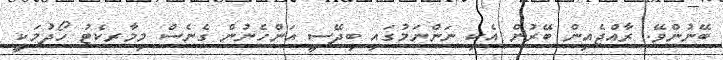
ބޭނުންވޭ. ރާއްޖެއިން ބޭރުން އެކި ނަންނަމުގައި ބިދޭސީ އަންހެނުން ގެނެސް މިމާރކެޓު ހޯދުމަކީ